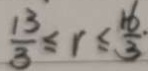
\frac { 1 3 } { 3 } \leq r \leq \frac { 1 6 } { 3 }